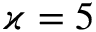
\varkappa = 5